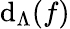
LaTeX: \mathrm{d}_{\Lambda}(f)